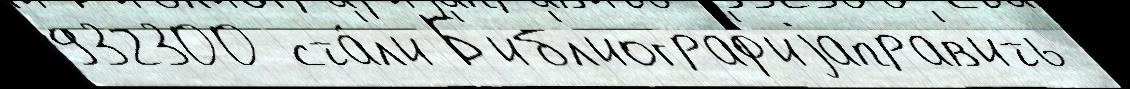
932300 ста́л'и Б'ибл'иограф'иjаправ'ить